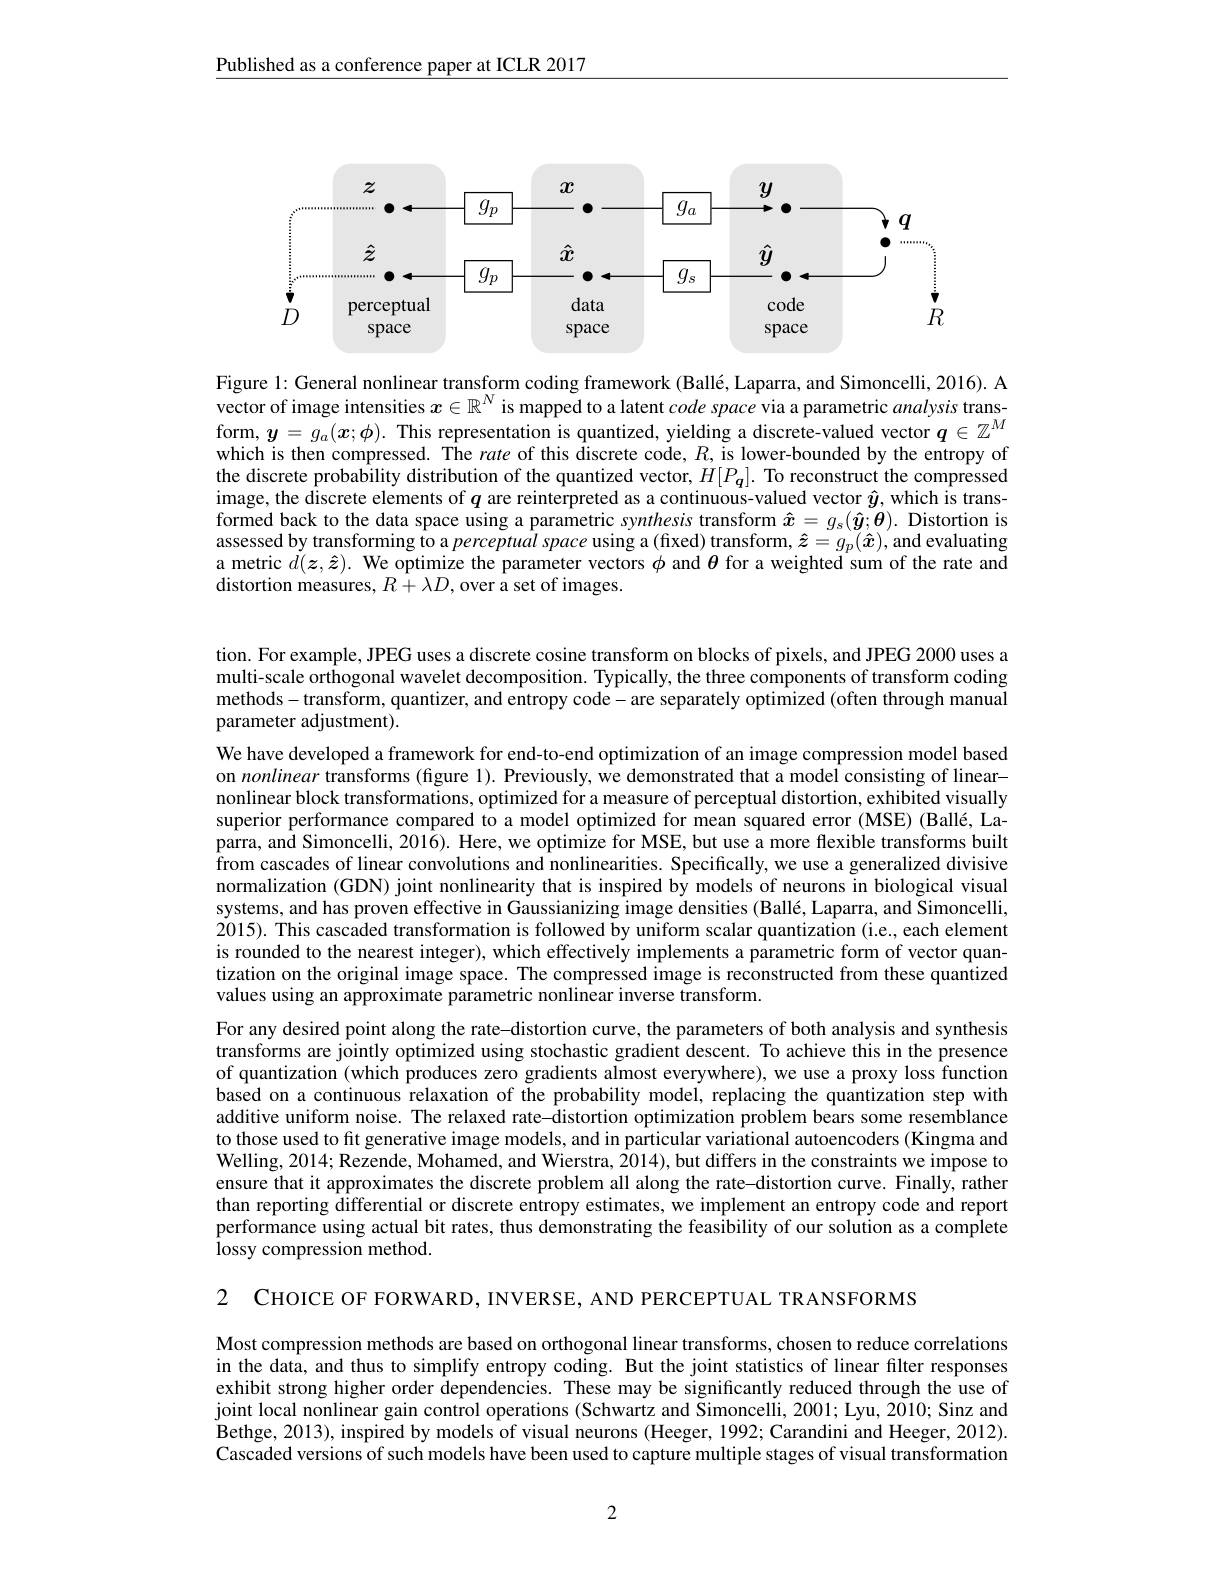
Published as a conference paper at ICLR 2017

<FigureHere>

Figure l: General nonlinear transform coding framework (Ballé, Laparra, and Simoncelli, 2016). A vector of image intensities $x\in\mathbb{R}^N$ is mapped to a latent $code\textit{space via a parametric analysis trans- }$ form, $\boldsymbol y=g_a(\boldsymbol{x};\boldsymbol{\phi}).$ This representation is quantized, yielding a discrete-valued vector $\boldsymbol q\in\mathbb{Z}^M$ which is then compressed. The rate of this discrete code, $R$, is lower-bounded by the entropy of the discrete probability distribution of the quantized vector, $H[P_q].$ To reconstruct the compressed image, the discrete elements of $q$ are reinterpreted as a continuous-valued vector $\hat{y}$, which is transformed back to the data space using a parametric synthesis transform $\hat{x}=g_{\mathrm{s}}(\hat{\boldsymbol{y}};\hat{\boldsymbol{\theta}}).$ Distortion is assessed by transforming to a perceptual space using a (fixed) transform, $\hat{z}=g_p(\hat{x})$, and evaluating a metric $\dot{d}(\boldsymbol{z},\hat{\boldsymbol{z}}).$ We optimize the parameter vectors $\phi$ and $\theta$ for a weighted sum of the rate and distortion measures, $R+\lambda D$, over a set of images.

tion. For example, JPEG uses a discrete cosine transform on blocks of pixels, and JPEG 2000 uses a multi-scale orthogonal wavelet decomposition. Typically, the three components of transform coding methods-transform, quantizer, and entropy code- are separately optimized (often through manual parameter adjustment).

We have developed a framework for end-to-end optimization of an image compression model based on nonlinear transforms (figure 1). Previously, we demonstrated that a model consisting of linearnonlinear block transformations, optimized for a measure of perceptual distortion, exhibited visually superior performance compared to a model optimized for mean squared error (MSE) (Ballé, Laparra, and Simoncelli, 2016). Here, we optimize for MSE, but use a more flexible transforms built from cascades of linear convolutions and nonlinearities. Specifically, we use a generalized divisive normalization (GDN) joint nonlinearity that is inspired by models of neurons in biological visual systems, and has proven effective in Gaussianizing image densities (Ballé, Laparra, and Simoncelli, 2015). This cascaded transformation is followed by uniform scalar quantization (i.e., each element is rounded to the nearest integer), which effectively implements a parametric form of vector quantization on the original image space. The compressed image is reconstructed from these quantized values using an approximate parametric nonlinear inverse transform.

For any desired point along the rate-distortion curve, the parameters of both analysis and synthesis transforms are jointly optimized using stochastic gradient descent. To achieve this in the presence of quantization (which produces zero gradients almost everywhere), we use a proxy loss function based on a continuous relaxation of the probability model, replacing the quantization step with additive uniform noise. The relaxed rate-distortion optimization problem bears some resemblance to those used to fit generative image models, and in particular variational autoencoders (Kingma and Welling, 2014; Rezende, Mohamed, and Wierstra, $\hat{20}$14), but differs in the constraints we impose to ensure that it approximates the discrete problem all along the rate-distortion curve. Finally, rather than reporting differential or discrete entropy estimates, we implement an entropy code and report performance using actual bit rates, thus demonstrating the feasibility of our solution as a complete lossy compression method.

2 CHOICE OF FORWARD, INVERSE, AND PERCEPTUAL TRANSFORMS

Most compression methods are based on orthogonal linear transforms, chosen to reduce correlations in the data, and thus to simplify entropy coding. But the joint statistics of linear filter responses exhibit strong higher order dependencies. These may be significantly reduced through the use of joint local nonlinear gain control operations (Schwartz and Simoncelli, 2001; Lyu, 2010; Sinz and Bethge, 2013) , inspired by models of visual neurons ( Heeger, 1992; Carandini and Heeger, 2012) . Cascaded versions of such models have been used to capture multiple stages of visual transformation

2